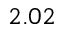
2 . 0 2